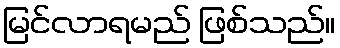
မြင်လာရမည် ဖြစ်သည်။